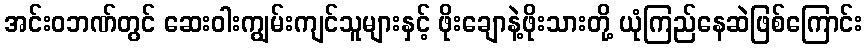
အင်းဝဘဏ်တွင် ဆေးဝါးကျွမ်းကျင်သူများနှင့် ဖိုးချောနဲ့ဖိုးသားတို့ ယုံကြည်နေဆဲဖြစ်ကြောင်း